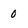
Character: 0